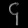
Digit: ၄